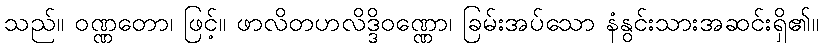
သည်။ ဝဏ္ဏတော၊ ဖြင့်။ ဖာလိတဟလိဒ္ဒိဝဏ္ဏော၊ ခြမ်းအပ်သော နံနွင်းသားအဆင်းရှိ၏။